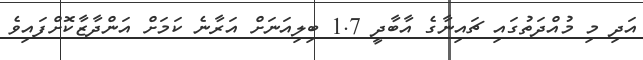
އަދި މި މުއްދަތުގައި ޗައިނާގެ އާބާދީ 1.7 ބިލިއަނަށް އަރާނެ ކަމަށް އަންދާޒާކޮށްފައިވެ